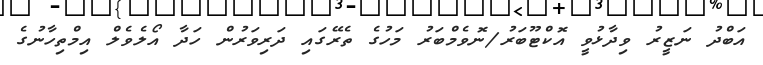
އަބްދު ނަޒީރު ވިދާޅުވީ އޮކްޓޫބަރު/ނޮވެމްބަރު މަހުގެ ތެރޭގައި ދަރިވަރުން ހަދާ އޯލެވެލް އިމްތިހާނުގެ